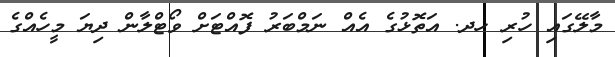
މާލޭގައި ހުރި ހދ. އަތޮޅުގެ އެއް ނަމްބަރު ފޮއްޓަށް ވޯޓްލާން ދިޔަ މީހެއްގެ